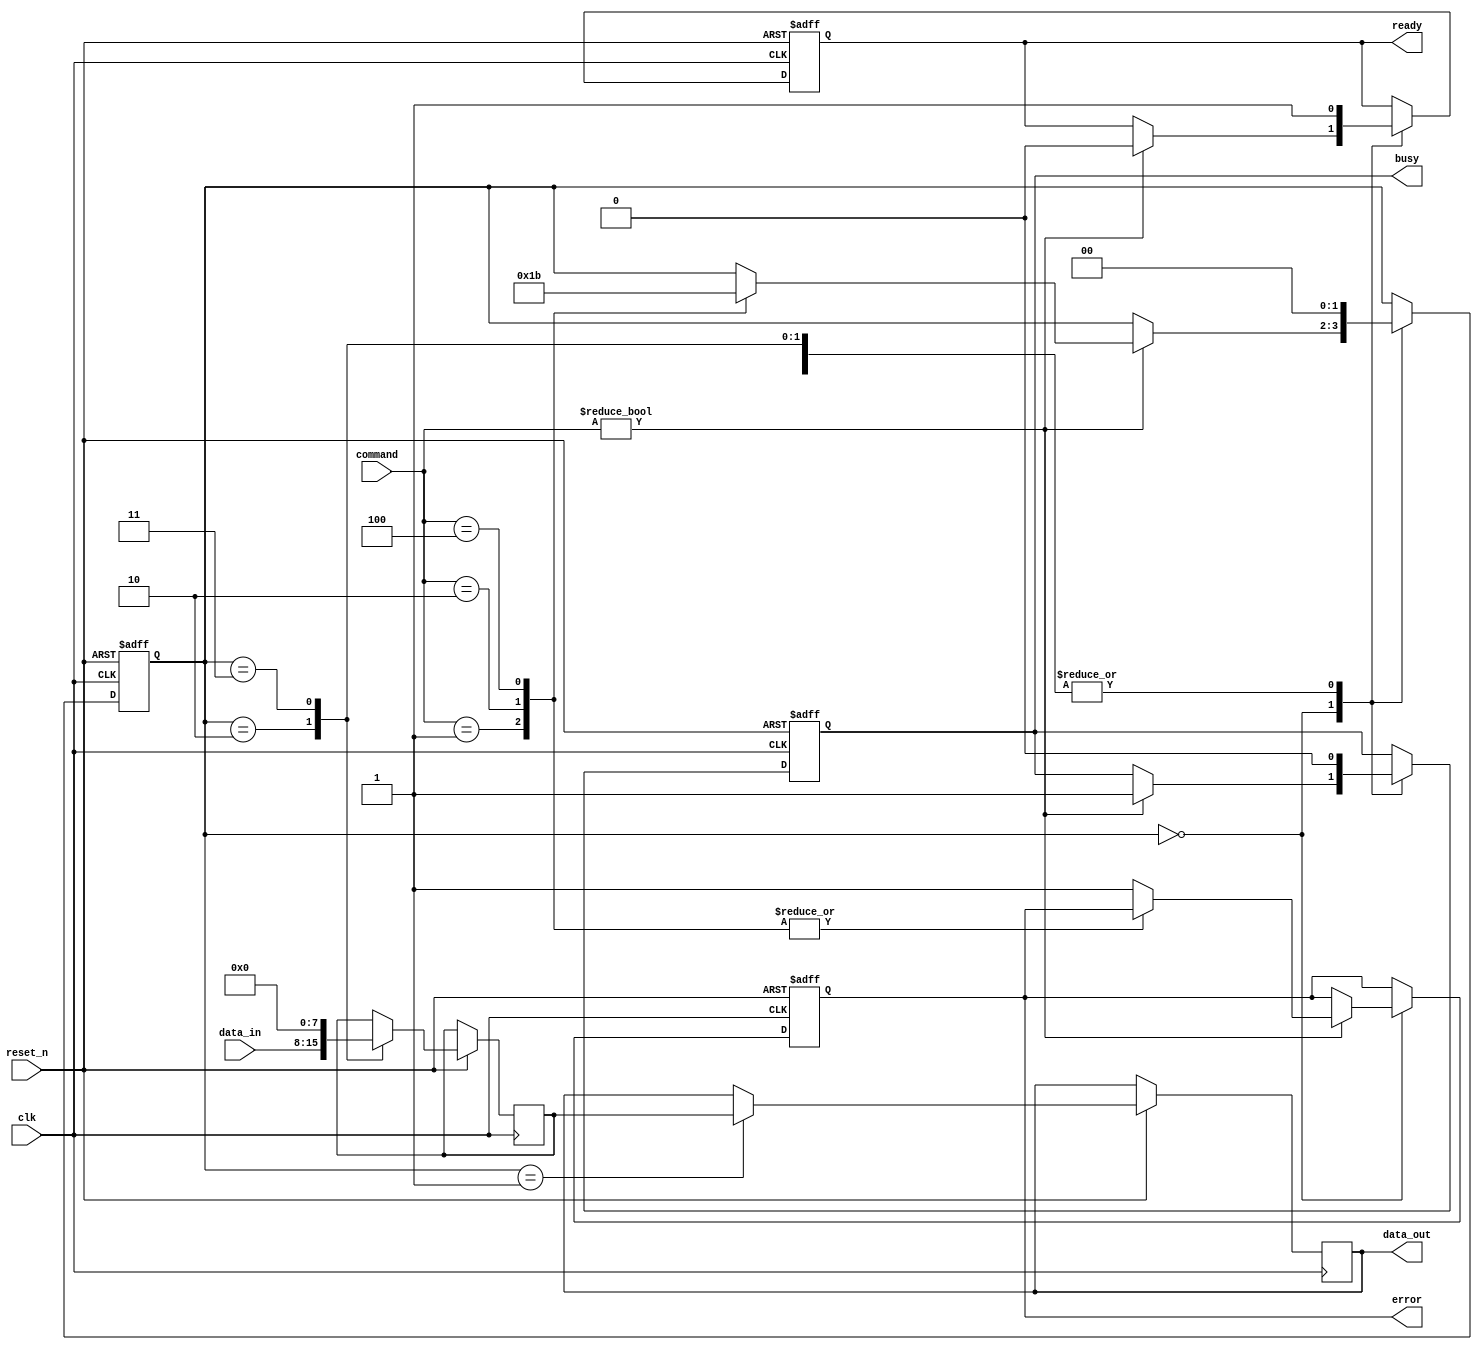
module TLC_NAND_IO (
    input wire clk,                  // System clock
    input wire reset_n,              // Active low reset
    input wire [7:0] data_in,        // Data input from external controller
    input wire [2:0] command,        // Command input (0: Read, 1: Write, 2: Erase)
    output reg [7:0] data_out,       // Data output to external controller
    output reg busy,                 // Busy status
    output reg ready,                // Ready status
    output reg error                 // Error status
);

    // Internal signals
    reg [7:0] data_buffer;           // Data buffer for read/write operations
    reg [1:0] state;                 // State machine for operation control
    reg [2:0] status_reg;            // Status register

    // State definitions
    localparam IDLE      = 2'b00;
    localparam READ      = 2'b01;
    localparam WRITE     = 2'b10;
    localparam ERASE     = 2'b11;

    // Command Decoder
    always @(posedge clk or negedge reset_n) begin
        if (!reset_n) begin
            state <= IDLE;
            busy <= 0;
            ready <= 1;
            error <= 0;
        end else begin
            case (state)
                IDLE: begin
                    if (command != 3'b000) begin // If command is not idle
                        busy <= 1;
                        ready <= 0;
                        case (command)
                            3'b001: state <= READ;   // Read command
                            3'b010: state <= WRITE;  // Write command
                            3'b100: state <= ERASE;   // Erase command
                            default: error <= 1;      // Invalid command
                        endcase
                    end
                end

                READ: begin
                    // Simulate reading from NAND cells
                    data_out <= data_buffer; // Output the buffered data
                    state <= IDLE;
                    busy <= 0;
                    ready <= 1;
                end

                WRITE: begin
                    // Simulate writing to NAND cells
                    data_buffer <= data_in; // Store incoming data
                    state <= IDLE;
                    busy <= 0;
                    ready <= 1;
                end

                ERASE: begin
                    // Simulate erase operation
                    data_buffer <= 8'b00000000; // Reset buffer to default state
                    state <= IDLE;
                    busy <= 0;
                    ready <= 1;
                end

                default: begin
                    state <= IDLE; // Fallback to idle state
                end
            endcase
        end
    end

    // Status Register Update
    always @(posedge clk) begin
        if (busy) begin
            status_reg <= 3'b001; // Busy state
        end else if (ready) begin
            status_reg <= 3'b010; // Ready state
        end else if (error) begin
            status_reg <= 3'b100; // Error state
        end
    end

endmodule